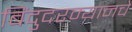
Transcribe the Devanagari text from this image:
बिंदुदरम्यानचे